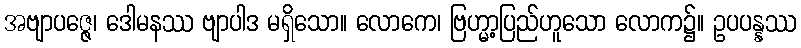
အဗျာပဇ္ဇေ၊ ဒေါမနဿ ဗျာပါဒ မရှိသော။ လောကေ၊ ဗြဟ္မာ့ပြည်ဟူသော လောက၌။ ဥပပန္နဿ